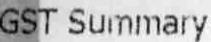
GST SUMMARY